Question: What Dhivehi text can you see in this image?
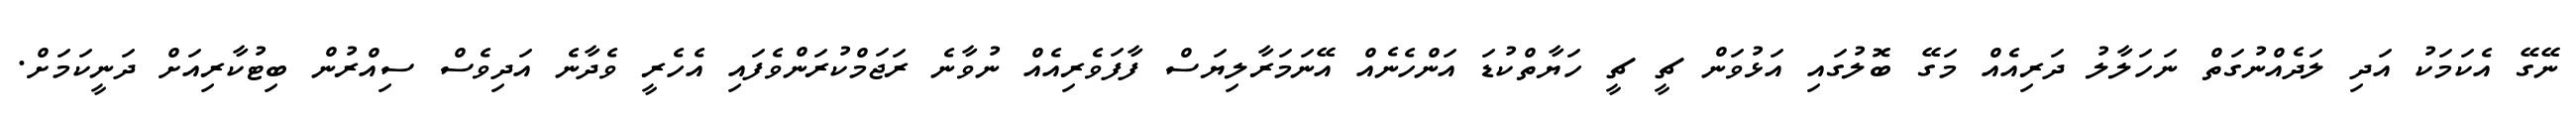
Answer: ނޭގޭ އެކަމަކު އަދި ލަދެއްނުގަތް ނަހަލާލު ދަރިއެއް މަގޭ ބޮލުގައި އަޅުވަން ޗީ ޗީ ހަޔާތްކުޑަ އަންހެނެއް އޭނަމަރާލިޔަސް ފާފަވެރިއެއް ނުވާނެ ރަޖަމްކުރަންވެފައި އެހެރީ ވެދާނެ އަދިވެސް ސިއްރުން ބިޓުކާރިއަށް ދަނީކަމަށް.